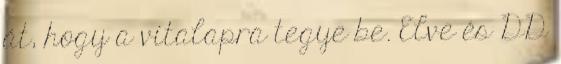
át, hogy a vitalapra tegye be. Elve és DD